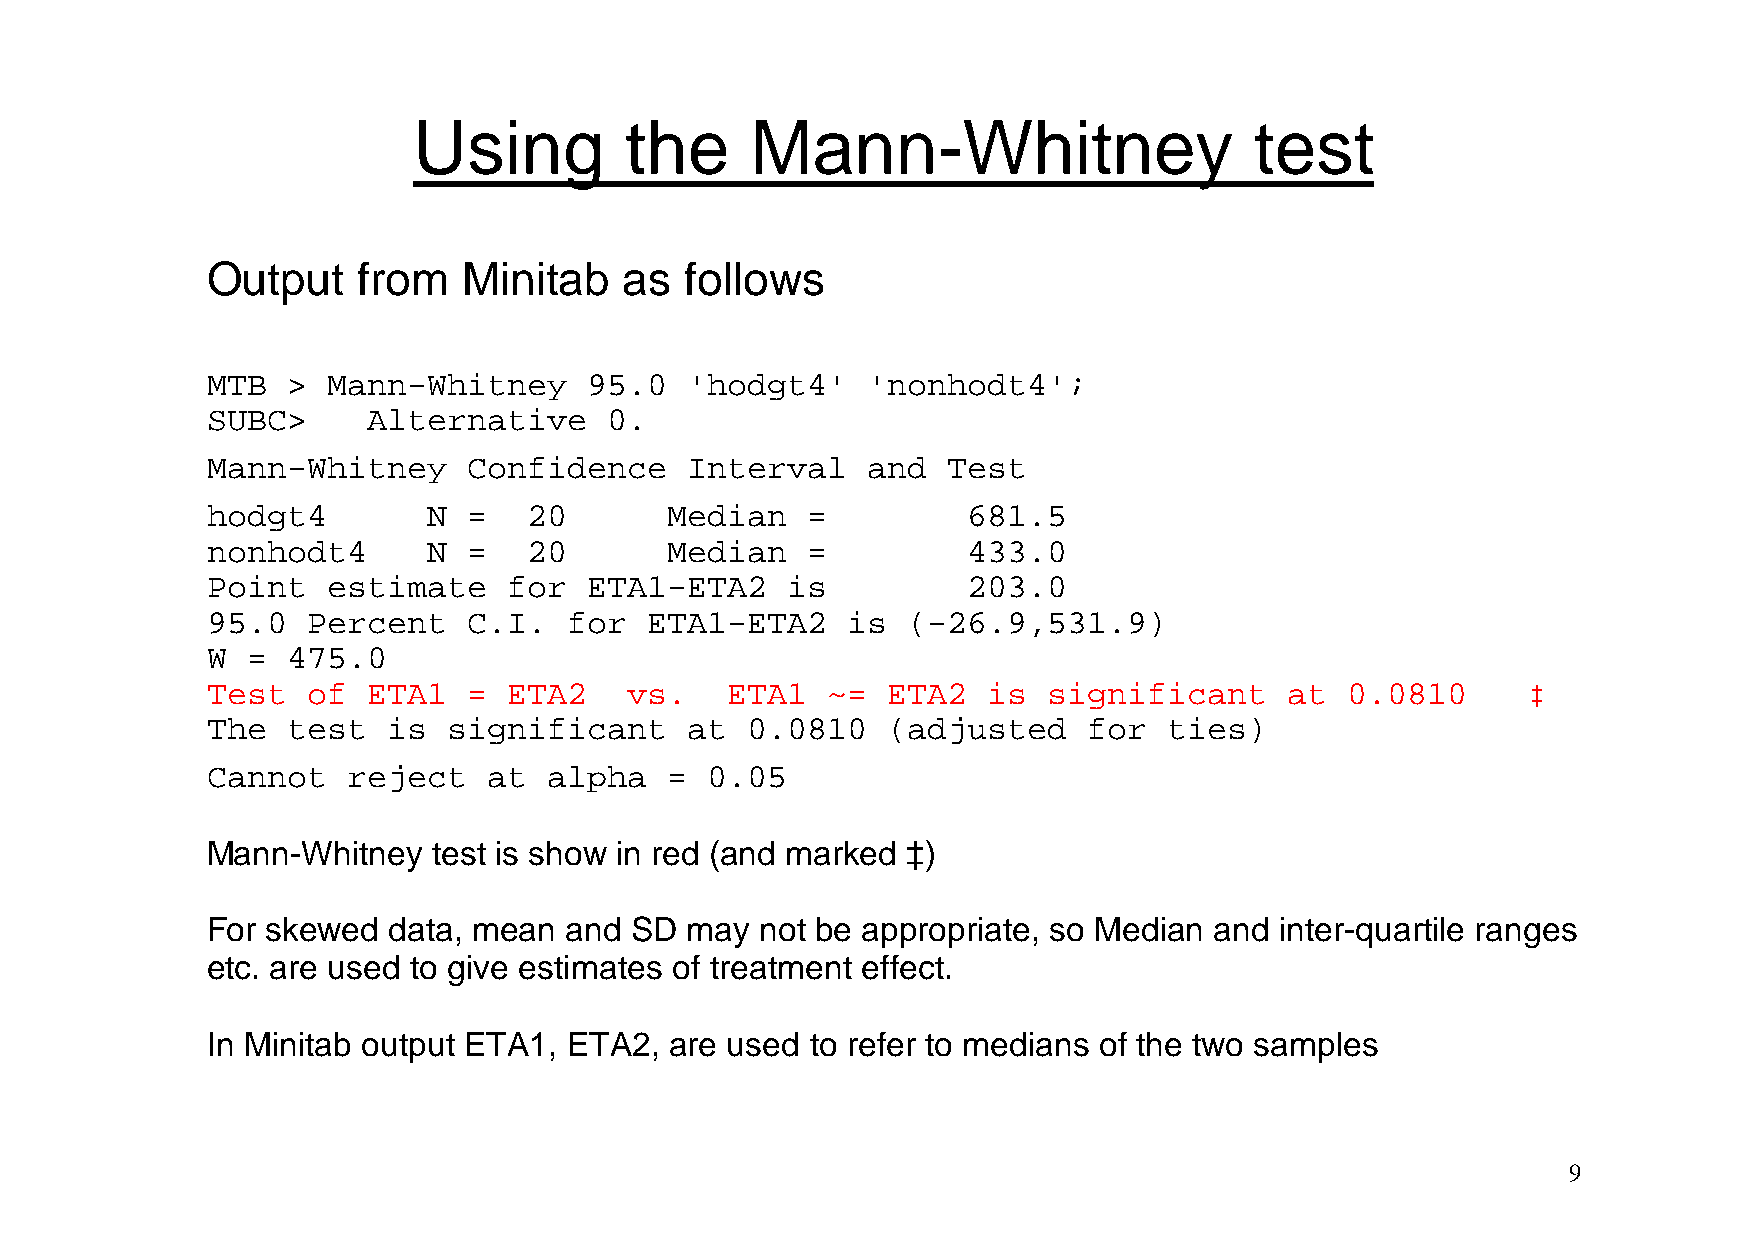
Using         the      Mann-Whitney                     test
 Output    from   Minitab   as  follows
 MTB  >  Mann-Whitney     95.0  'hodgt4'    'nonhodt4';
 SUBC>     Alternative     0.
 Mann-Whitney     Confidence    Interval    and   Test
 hodgt4        N  =   20       Median   =          681.5
 nonhodt4      N  =   20       Median   =          433.0
 Point   estimate    for  ETA1-ETA2    is          203.0
 95.0  Percent    C.I.   for  ETA1-ETA2    is  (-26.9,531.9)
 W =  475.0
 Test  of  ETA1   =  ETA2   vs.    ETA1   ~=  ETA2  is  significant     at  0.0810      ‡
 The  test   is  significant    at  0.0810    (adjusted    for  ties)
 Cannot   reject   at  alpha   =  0.05
 Mann-Whitney   test is show in red (and marked ‡)
 For skewed  data, mean and  SD may  not be appropriate, so Median and  inter-quartile ranges
 etc. are used to give estimates of treatment effect.
 In Minitab output ETA1, ETA2, are used  to refer to medians of the two samples
 9